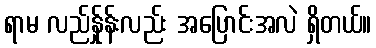
ရာမ လည်န်ှုန်းလည်း အပြောင်းအလဲ ရှိတယ်။